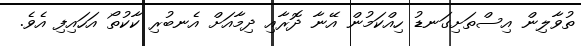
ތުވާލިން އިސްތަށިގަނޑު ހިއްކަމުން އޭނާ ދޮރާއި ދިމާއަށް އެނބުރި ކާކުތޯ އަހައިފި އެވެ.